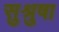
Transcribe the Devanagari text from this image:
सुश्रुषा